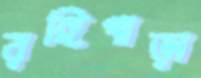
রঙ্গিপাড়া